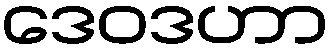
ဒေဝဒဟာ